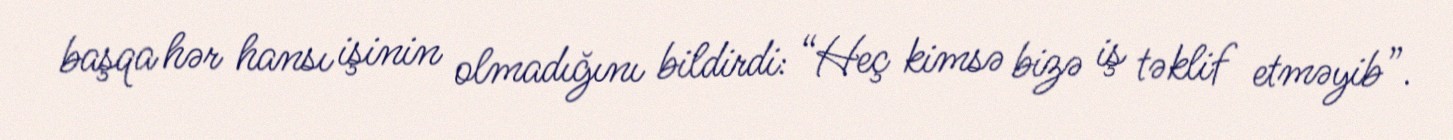
başqa hər hansı işinin olmadığını bildirdi: “Heç kimsə bizə iş təklif etməyib”.